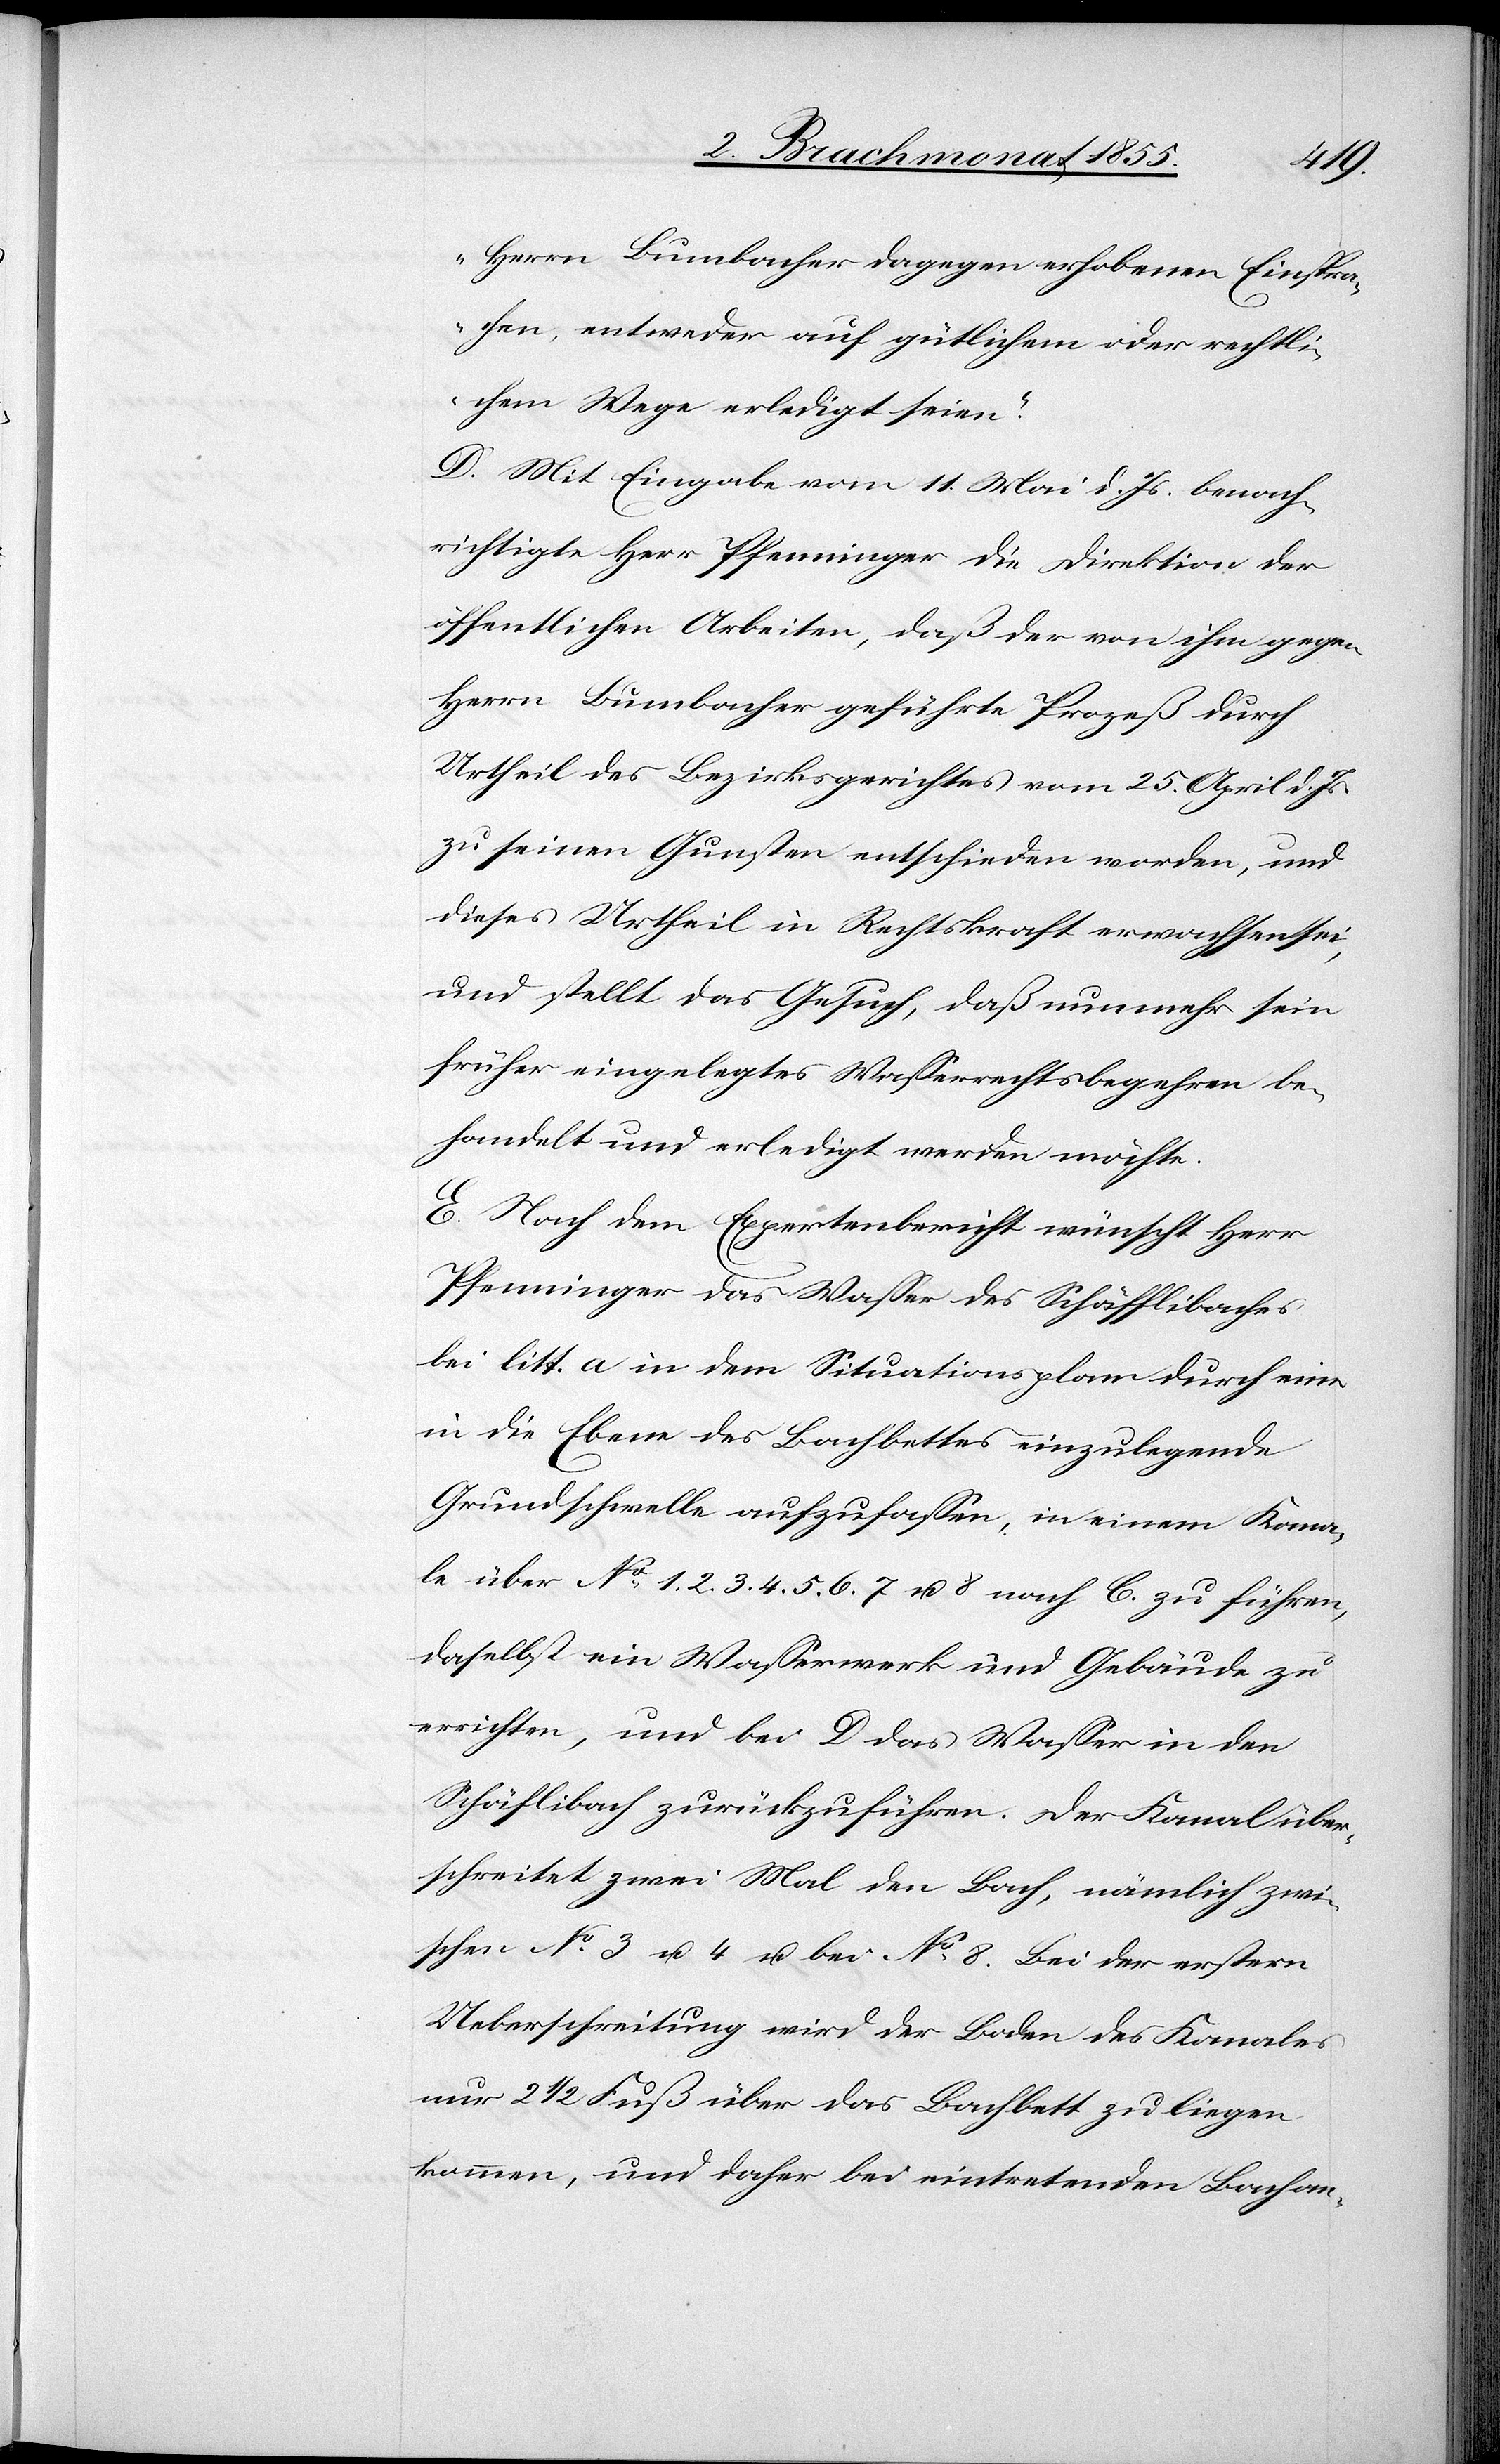
Herrn Bumbacher dagegen erhobenen Einsprac¬
hen, entweder auf gütlichem oder rechtli¬
chem Wege erledigt seien.“
D. Mit Eingabe vom 11. Mai d. Js. benach¬
richtigte Herr Pfenninger die Direktion der
öffentlichen Arbeiten, daß der von ihm gegen
Herrn Bumbacher geführte Prozeß durch
Urtheil des Bezirksgerichtes vom 25. April d. Js.
zu seinen Gunsten entschieden worden, und
dieses Urtheil in Rechtskraft erwachsen sei,
und stellt das Gesuch, daß nunmehr sein
früher eingelegtes Wasserrechtsbegehren be¬
handelt und erledigt werden möchte.
E. Nach dem Expertenbericht wünscht Herr
Pfenninger das Wasser des Schäfflibaches
bei litt. a in dem Situationsplan durch eine
in die Ebene des Bachbettes einzulegende
Grundschwelle aufzufassen, in einem Kana¬
le über No. 1. 2. 3. 4. 5. 6. 7 u. 8 nach C. zu führen,
daselbst ein Wasserwerk und Gebäude zu
errichten, und bei D das Wasser in den
Schäflibach zurückzuführen. Der Kanal über¬
schreitet zwei Mal den Bach, nämlich zwi¬
schen No. 3 u. 4 u. bei No. 8. Bei der erstern
Ueberschreitung wird der Boden des Kanales
nur 2 1/2 Fuß über das Bachbett zu liegen
kommen, und daher bei eintretenden Bachan-